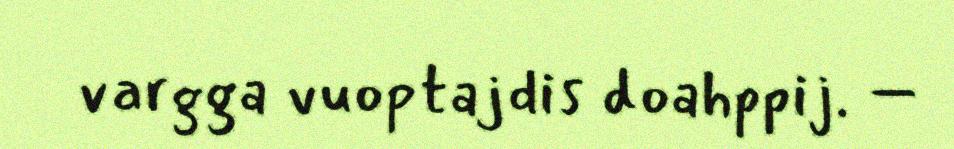
vargga vuoptajdis doahppij. –